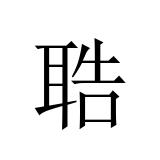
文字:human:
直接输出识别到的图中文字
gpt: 聕